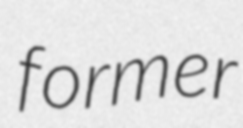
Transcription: former